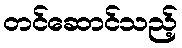
တင်ဆောင်သည့်